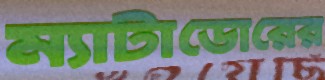
ম্যাটাডোরের